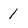
Character: 1